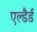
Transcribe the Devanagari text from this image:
एल्डैर्ड